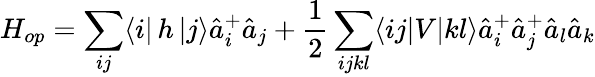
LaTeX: H_{op}=\sum_{ij}\langle i|\, h\, |j\rangle\hat{a}_{i}^{+}\hat{a}_{j}+\frac{1}{2}\sum_{ijkl}\langle ij|V|kl\rangle\hat{a}_{i}^{+}\hat{a}_{j}^{+}\hat{a}_{l}\hat{a}_{k}